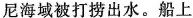
尼海域被打捞出水。船上